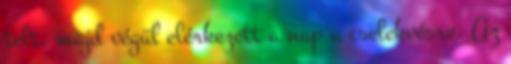
telt, majd végül elérkezett a nap a cselekvésre. Az